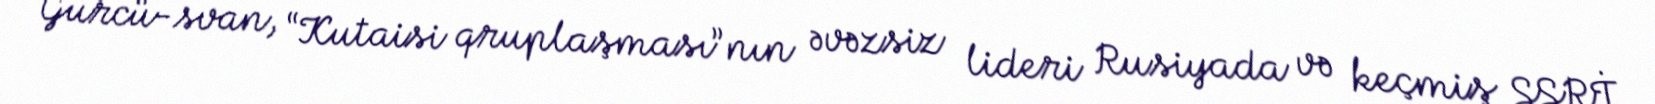
Gürcü-svan, “Kutaisi qruplaşması”nın əvəzsiz lideri Rusiyada və keçmiş SSRİ